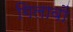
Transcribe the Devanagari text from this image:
गिलावों